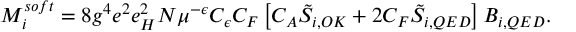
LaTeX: M _ { i } ^ { s o f t } = 8 g ^ { 4 } e ^ { 2 } e _ { H } ^ { 2 } N \mu ^ { - \epsilon } C _ { \epsilon } C _ { F } \left[ C _ { A } \tilde { S } _ { i , O K } + 2 C _ { F } \tilde { S } _ { i , Q E D } \right] B _ { i , Q E D } .